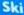
Ski